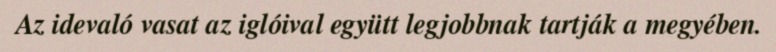
Az idevaló vasat az iglóival együtt legjobbnak tartják a megyében.